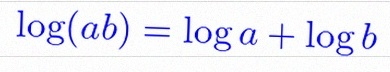
\log(ab)=\log a+\log b